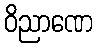
ဝိညာဏေ